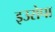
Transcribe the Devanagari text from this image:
इउरोपा